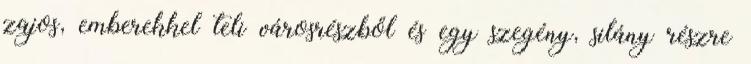
zajos, emberekkel teli városrészből és egy szegény, silány részre